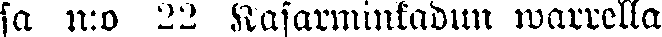
sa n:o 22 Kasarminkadun warrella